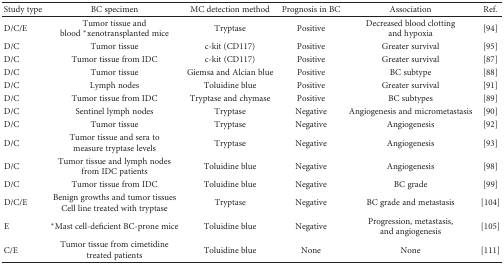
<table><thead><tr><td><b>Study type</b></td><td><b>BC specimen</b></td><td><b>MC detection method</b></td><td><b>Prognosis in BC</b></td><td><b>Association</b></td><td><b>Ref.</b></td></tr></thead><tbody><tr><td>D/C/E</td><td>Tumor tissue and blood <sup>∗</sup>xenotransplanted mice</td><td>Tryptase</td><td>Positive</td><td>Decreased blood clotting and hypoxia</td><td>[94]</td></tr><tr><td>D/C</td><td>Tumor tissue</td><td>c-kit (CD117)</td><td>Positive</td><td>Greater survival</td><td>[95]</td></tr><tr><td>D/C</td><td>Tumor tissue from IDC</td><td>c-kit (CD117)</td><td>Positive</td><td>Greater survival</td><td>[87]</td></tr><tr><td>D/C</td><td>Tumor tissue</td><td>Giemsa and Alcian blue</td><td>Positive</td><td>BC subtype</td><td>[88]</td></tr><tr><td>D/C</td><td>Lymph nodes</td><td>Toluidine blue</td><td>Positive</td><td>Greater survival</td><td>[91]</td></tr><tr><td>D/C</td><td>Tumor tissue from IDC</td><td>Tryptase and chymase</td><td>Positive</td><td>BC subtypes</td><td>[89]</td></tr><tr><td>D/C</td><td>Sentinel lymph nodes</td><td>Tryptase</td><td>Negative</td><td>Angiogenesis and micrometastasis</td><td>[90]</td></tr><tr><td>D/C</td><td>Tumor tissue</td><td>Tryptase</td><td>Negative</td><td>Angiogenesis</td><td>[92]</td></tr><tr><td>D/C</td><td>Tumor tissue and sera to measure tryptase levels</td><td>Tryptase</td><td>Negative</td><td>Angiogenesis</td><td>[93]</td></tr><tr><td>D/C</td><td>Tumor tissue and lymph nodes from IDC patients</td><td>Toluidine blue</td><td>Negative</td><td>Angiogenesis</td><td>[98]</td></tr><tr><td>D/C</td><td>Tumor tissue from IDC</td><td>Toluidine blue</td><td>Negative</td><td>BC grade</td><td>[99]</td></tr><tr><td>D/C/E</td><td>Benign growths and tumor tissuesCell line treated with tryptase</td><td>Tryptase</td><td>Negative</td><td>BC grade and metastasis</td><td>[104]</td></tr><tr><td>E</td><td><sup>∗</sup>Mast cell-deficient BC-prone mice</td><td>Toluidine blue</td><td>Negative</td><td>Progression, metastasis, and angiogenesis</td><td>[105]</td></tr><tr><td>C/E</td><td>Tumor tissue from cimetidine treated patients</td><td>Toluidine blue</td><td>None</td><td>None</td><td>[111]</td></tr></tbody></table>